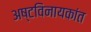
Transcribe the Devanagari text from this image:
अष्टविनायकांत